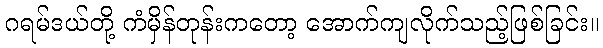
ဂရမ်ဒယ်တို့ ကံမှိန်တုန်းကတော့ အောက်ကျလိုက်သည့်ဖြစ်ခြင်း။